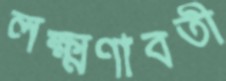
লক্ষ্মণাবতী